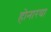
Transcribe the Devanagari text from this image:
होनारया